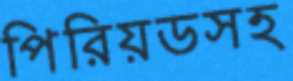
পিরিয়ডসহ